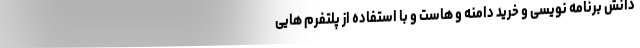
دانش برنامه نویسی و خرید دامنه و هاست و با استفاده از پلتفرم هایی